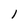
Character: l